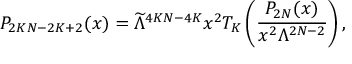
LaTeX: P _ { 2 K N - 2 K + 2 } ( x ) = \widetilde { \Lambda } ^ { 4 K N - 4 K } x ^ { 2 } T _ { K } \left( \frac { P _ { 2 N } ( x ) } { x ^ { 2 } \Lambda ^ { 2 N - 2 } } \right) ,